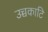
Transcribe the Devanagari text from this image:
उच्चकाटि